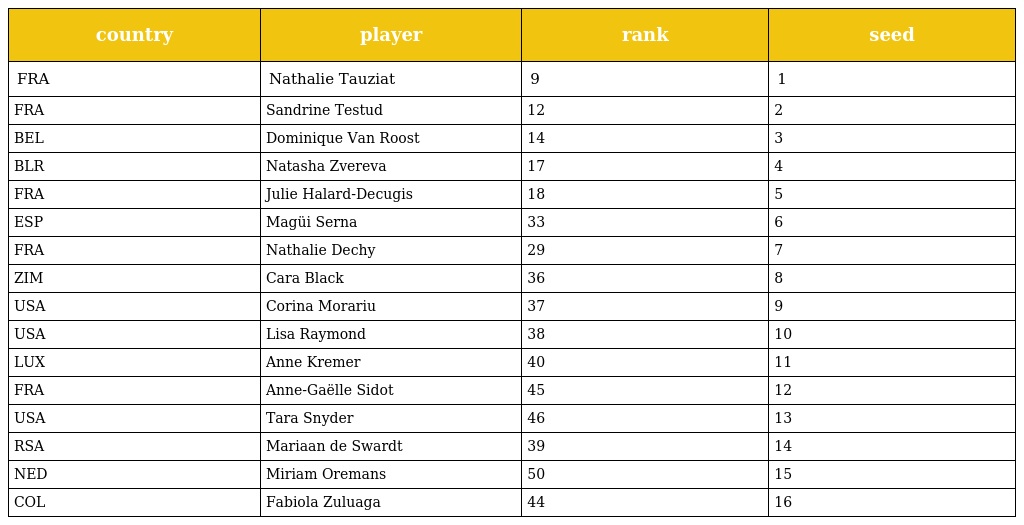
| country | player | rank | seed |
 | --- | --- | --- | --- |
 | FRA | Nathalie Tauziat | 9 | 1 |
 | FRA | Sandrine Testud | 12 | 2 |
 | BEL | Dominique Van Roost | 14 | 3 |
 | BLR | Natasha Zvereva | 17 | 4 |
 | FRA | Julie Halard-Decugis | 18 | 5 |
 | ESP | Magüi Serna | 33 | 6 |
 | FRA | Nathalie Dechy | 29 | 7 |
 | ZIM | Cara Black | 36 | 8 |
 | USA | Corina Morariu | 37 | 9 |
 | USA | Lisa Raymond | 38 | 10 |
 | LUX | Anne Kremer | 40 | 11 |
 | FRA | Anne-Gaëlle Sidot | 45 | 12 |
 | USA | Tara Snyder | 46 | 13 |
 | RSA | Mariaan de Swardt | 39 | 14 |
 | NED | Miriam Oremans | 50 | 15 |
 | COL | Fabiola Zuluaga | 44 | 16 |